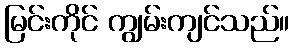
မြင်းကိုင် ကျွမ်းကျင်သည်။